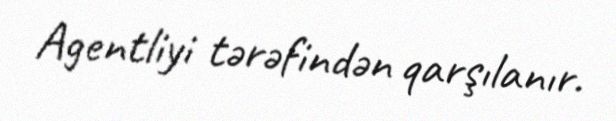
Agentliyi tərəfindən qarşılanır.